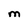
Character: M